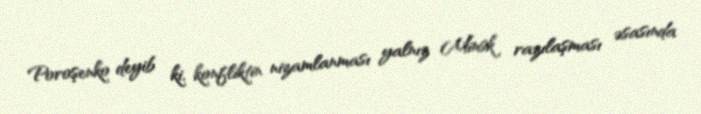
Poroşenko deyib ki, konfliktin nizamlanması yalnız Minsk razılaşması əsasında